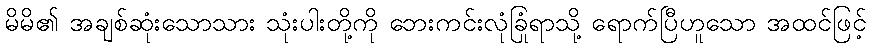
မိမိ၏ အချစ်ဆုံးသောသား သုံးပါးတို့ကို ဘေးကင်းလုံခြုံရာသို့ ရောက်ပြီဟူသော အထင်ဖြင့်